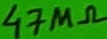
Text: 47MΩ